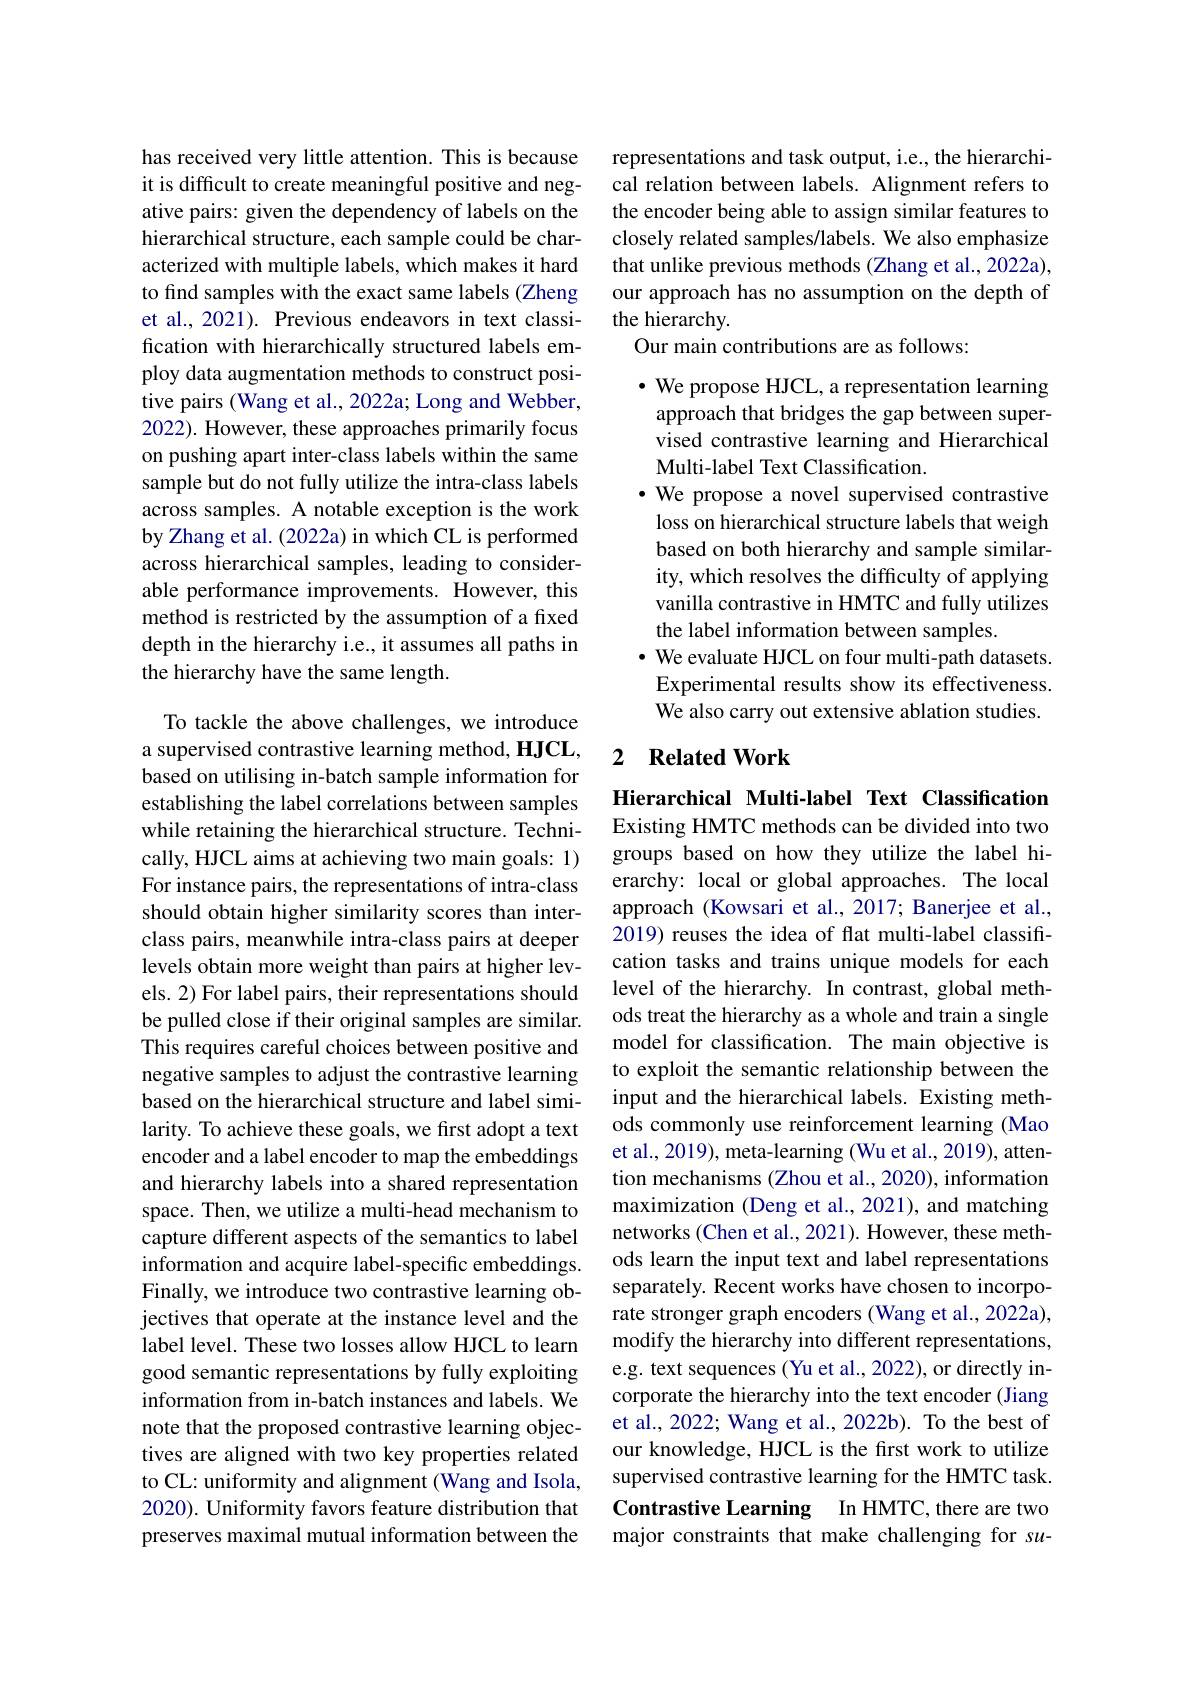
has received very little attention. This is because it is difficult to create meaningful positive and negative pairs: given the dependency of labels on the hierarchical structure, each sample could be characterized with multiple labels, which makes it hard to find samples with the exact same labels (Zheng et al., 2021). Previous endeavors in text classification with hierarchically structured labels employ data augmentation methods to construct positive pairs (Wang et al., 2022a; Long and Webber, 2022). However, these approaches primarily focus on pushing apart inter-class labels within the same sample but do not fully utilize the intra-class labels across samples. A notable exception is the work by Zhang et al. (2022a) in which CL is performed across hierarchical samples, leading to considerable performance improvements. However, this method is restricted by the assumption of a fixed depth in the hierarchy i.e., it assumes all paths in the hierarchy have the same length.

To tackle the above challenges, we introduce a supervised contrastive learning method, HJCL, based on utilising in-batch sample information for establishing the label correlations between samples while retaining the hierarchical structure. Technically, HJCL aims at achieving two main goals: 1) For instance pairs, the representations of intra-class should obtain higher similarity scores than interclass pairs, meanwhile intra-class pairs at deeper levels obtain more weight than pairs at higher levels. 2) For label pairs, their representations should be pulled close if their original samples are similar. This requires careful choices between positive and negative samples to adjust the contrastive learning based on the hierarchical structure and label similarity. To achieve these goals, we first adopt a text encoder and a label encoder to map the embeddings and hierarchy labels into a shared representation space. Then, we utilize a multi-head mechanism to capture different aspects of the semantics to label information and acquire label-specific embeddings. Finally, we introduce two contrastive learning objectives that operate at the instance level and the label level. These two losses allow HJCL to learn good semantic representations by fully exploiting information from in-batch instances and labels. We note that the proposed contrastive learning objectives are aligned with two key properties related to CL: uniformity and alignment (Wang and Isola, 2020). Uniformity favors feature distribution that preserves maximal mutual information between the

representations and task output, i.e., the hierarchical relation between labels. Alignment refers to the encoder being able to assign similar features to closely related samples/labels. We also emphasize that unlike previous methods (Zhang et al., 2022a), our approach has no assumption on the depth of the hierarchy.
Our main contributions are as follows:

$\bullet$ We propose HJCL, a representation learning approach that bridges the gap between supervised contrastive learning and Hierarchical Multi-label Text Classification.
·We propose a novel supervised contrastive loss on hierarchical structure labels that weigh based on both hierarchy and sample similarity, which resolves the difficulty of applying vanilla contrastive in HMTC and fully utilizes the label information between samples.
$\bullet$ We evaluate HJCL on four multi-path datasets. Experimental results show its effectiveness. We also carry out extensive ablation studies.

### 2 $\textbf{Related Work}$

Hierarchical Multi-label Text Classification Existing HMTC methods can be divided into two groups based on how they utilize the label hierarchy: local or global approaches. The local approach (Kowsari et al., 2017; Banerjee et al., 2019) reuses the idea of flat multi-label classification tasks and trains unique models for each level of the hierarchy. In contrast, global methods treat the hierarchy as a whole and train a single model for classification. The main objective is to exploit the semantic relationship between the input and the hierarchical labels. Existing methods commonly use reinforcement learning (Mao et al., 2019), meta-learning (Wu et al., 2019), attention mechanisms (Zhou et al., 2020), information maximization (Deng et al., 2021), and matching networks (Chen et al., 2021). However, these methods learn the input text and label representations separately. Recent works have chosen to incorporate stronger graph encoders (Wang et al., 2022a), modify the hierarchy into different representations, e.g. text sequences (Yu et al., 2022), or directly incorporate the hierarchy into the text encoder (Jiang et al., 2022; Wang et al., 2022b). To the best of our knowledge, HJCL is the first work to utilize supervised contrastive learning for the HMTC task. Contrastive Learning In HMTC, there are two major constraints that make challenging for su-